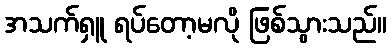
အသက်ရှူ ရပ်တော့မလို ဖြစ်သွားသည်။